Indian journal of veterinary science and animal husbandry - Volume 2,
Year: 1932
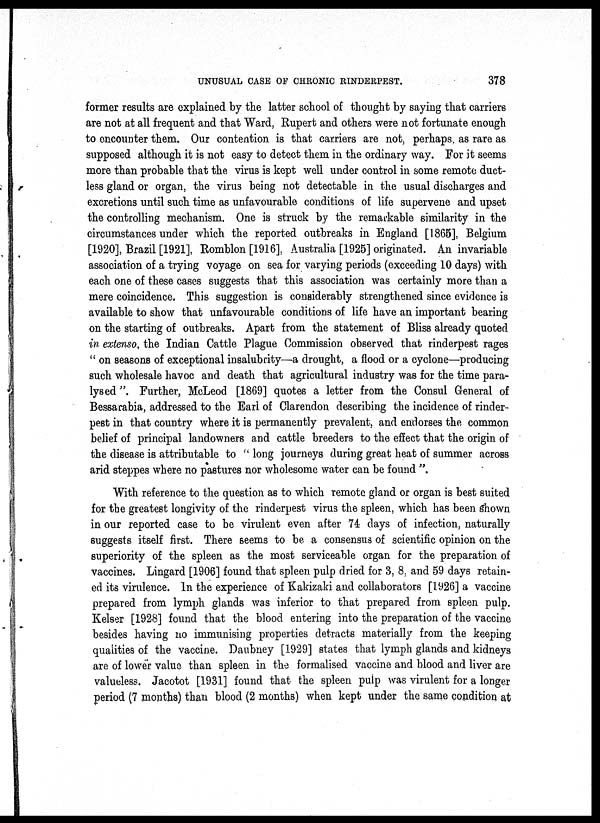
UNUSUAL CASE OF CHRONIC RINDERPEST.
378
former results are explained by the latter school of thought by saying that carriers
are not at all frequent and that Ward, Rupert and others were not fortunate enough
to encounter them. Our contention is that carriers are not, perhaps, as rare as
supposed although it is not easy to detect them in the ordinary way. For it seems
more than probable that the virus is kept well under control in some remote duct-
less gland or organ, the virus being not detectable in the usual discharges and
excretions until such time as unfavourable conditions of life supervene and upset
the controlling mechanism. One is struck by the remarkable similarity in the
circumstances under which the reported outbreaks in England [1865], Belgium
[1920], Brazil [1921], Romblon [1916], Australia [1925] originated. An invariable
association of a trying voyage on sea for varying periods (exceeding 10 days) with
each one of these cases suggests that this association was certainly more than a
mere coincidence. This suggestion is considerably strengthened since evidence is
available to show that unfavourable conditions of life have an important bearing
on the starting of outbreaks. Apart from the statement of Bliss already quoted
in extenso, the Indian Cattle Plague Commission observed that rinderpest rages
" on seasons of exceptional insalubrity—a drought, a flood or a cyclone—producing
such wholesale havoc and death that agricultural industry was for the time para-
lysed ". Further, McLeod [1869] quotes a letter from the Consul General of
Bessarabia, addressed to the Earl of Clarendon describing the incidence of rinder-
pest in that country where it is permanently prevalent, and endorses the common
belief of principal landowners and cattle breeders to the effect that the origin of
the disease is attributable to " long journeys during great heat of summer across
arid steppes where no pastures nor wholesome water can be found ".
With reference to the question as to which remote gland or organ is best suited
for the greatest longivity of the rinderpest virus the spleen, which has been shown
in our reported case to be virulent even after 74 days of infection, naturally
suggests itself first. There seems to be a consensus of scientific opinion on the
superiority of the spleen as the most serviceable organ for the preparation of
vaccines. Lingard [1906] found that spleen pulp dried for 3, 8, and 59 days retain-
ed its virulence. In the experience of Kakizaki and collaborators [1926] a vaccine
prepared from lymph glands was inferior to that prepared from spleen pulp.
Kelser [1928] found that the blood entering into the preparation of the vaccine
besides having no immunising properties detracts materially from the keeping
qualities of the vaccine. Daubney [1929] states that lymph glands and kidneys
are of lower value than spleen in the formalised vaccine and blood and liver are
valueless. Jacotot [1931] found that the spleen pulp was virulent for a longer
period (7 months) than blood (2 months) when kept under the same condition at